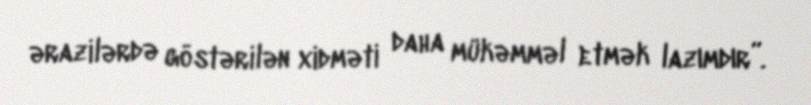
ərazilərdə göstərilən xidməti daha mükəmməl etmək lazımdır”.